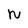
Character: N